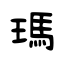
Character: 瑪